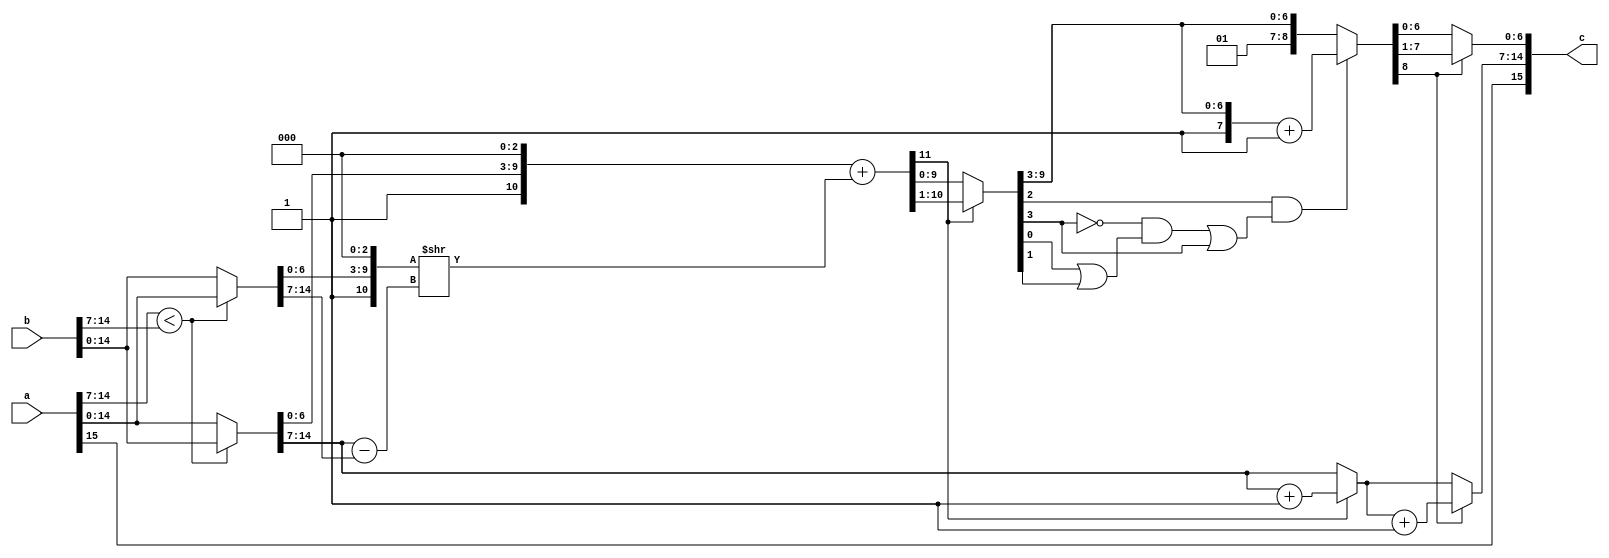

module bfloat_adder(a,b,c);
input  [15:0]a,b;
output reg [15:0]c;

reg [15:0]a1,b1,temp;
reg [7:0]ea,eb,e,bias; //bias dimension
reg [6:0]ma,mb,m_f;
reg [11:0] ma_temp,mb_temp,m_add,m_temp;
reg [8:0]m1;
reg g,r,s0,s1,s,p,s3;

always@(*)
begin
   a1=a;
   b1=b;
   
    if(a1[14:7]<b1[14:7])
      begin
        temp=a1;
        a1=b1;
        b1=temp;
      end
      
ea=a1[14:7];
eb=b1[14:7];

ma=a1[6:0];
mb=b1[6:0];
    
bias=ea-eb;
s3=a[15];

ma_temp[11]=0;
mb_temp[11]=0;
ma_temp[10]=1;
mb_temp[10]=1;
ma_temp[9:3]=ma;
mb_temp[9:3]=mb;
ma_temp[2:0]=0;
mb_temp[2:0]=0;

mb_temp=mb_temp>>bias;

m_add=ma_temp+mb_temp;

e=m_add[11]?(ea+1):ea;
m_temp[9:0]=m_add[11]?m_add[10:1]:m_add[9:0];
m_temp[10]=1;
m_temp[11]=0;

//rounding off
g=m_temp[3];
r=m_temp[2];
s0=m_temp[0];
s1=m_temp[1];
s=s0|s1;
    
p=r&(((~g)&s)|g);

if(p)
    m1=m_temp[11:3]+1;
else
    m1=m_temp[11:3];



m_f=m1[8]?(m1[7:1]):m1[6:0];
e=m1[8]?(e+1):e;

c[15]=s3;
c[6:0]=m_f;
c[14:7]=e;

end

     




endmodule